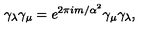
\gamma _ { \lambda } \gamma _ { \mu } = e ^ { 2 \pi i m / \alpha ^ { 2 } } \gamma _ { \mu } \gamma _ { \lambda } ,